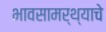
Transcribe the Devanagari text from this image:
भावसामर्थ्याचे